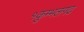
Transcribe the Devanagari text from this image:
१कुम्भलगढ